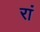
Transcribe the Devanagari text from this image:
रां